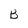
Character: B